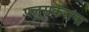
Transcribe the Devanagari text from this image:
पलुसकरांना